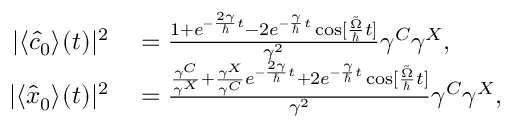
\begin{array} { r l } { | \langle \hat { c } _ { 0 } \rangle ^ { } ( t ) | ^ { 2 } } & { { } = \frac { 1 + e ^ { - \frac { 2 \gamma } { \hbar } t } - 2 e ^ { - \frac { \gamma } { \hbar } t } \cos [ \frac { \tilde { \Omega } } { \hbar } t ] } { \gamma ^ { 2 } } \gamma ^ { C } \gamma ^ { X } , } \\ { | \langle \hat { x } _ { 0 } \rangle ^ { } ( t ) | ^ { 2 } } & { { } = \frac { \frac { \gamma ^ { C } } { \gamma ^ { X } } + \frac { \gamma ^ { X } } { \gamma ^ { C } } e ^ { - \frac { 2 \gamma } { \hbar } t } + 2 e ^ { - \frac { \gamma } { \hbar } t } \cos [ \frac { \tilde { \Omega } } { \hbar } t ] } { \gamma ^ { 2 } } \gamma ^ { C } \gamma ^ { X } , } \end{array}